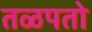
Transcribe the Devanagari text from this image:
तळपतो